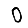
Digit: 0